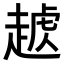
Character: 𧼥